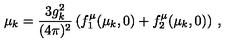
\mu _ { k } = \frac { 3 g _ { k } ^ { 2 } } { ( 4 \pi ) ^ { 2 } } \left( f _ { 1 } ^ { \mu } ( \mu _ { k } , 0 ) + f _ { 2 } ^ { \mu } ( \mu _ { k } , 0 ) \right) \: ,